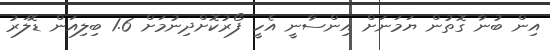
އިން ބުނާ ގޮތުން ޔަމަނަށް އިންސާނީ އެހީ ފޯރުކޮށްދިނުމަށް 1.6 ބިލިއަން ޑޮލަރު